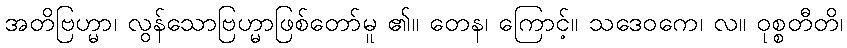
အတိဗြဟ္မာ၊ လွန်သောဗြဟ္မာဖြစ်တော်မူ ၏။ တေန၊ ကြောင့်။ သဒေဝကေ၊ လ။ ဝုစ္စတီတိ၊